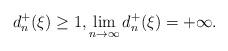
LaTeX: \begin{align*} d^+_n(\xi)\geq 1,\lim_{n\to\infty }d^+_n(\xi)=+\infty.\end{align*}